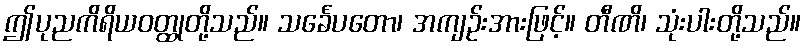
ဤပုညကိရိယဝတ္ထုတို့သည်။ သင်္ခေပတော၊ အကျဉ်းအားဖြင့်။ တီဏိ၊ သုံးပါးတို့သည်။